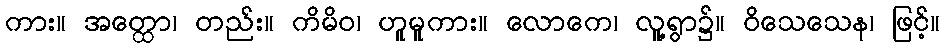
ကား။ အတ္ထော၊ တည်း။ ကိမိဝ၊ ဟူမူကား။ လောကေ၊ လူ့ရွာ၌။ ဝိသေသေန၊ ဖြင့်။